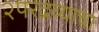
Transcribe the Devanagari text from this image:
२परद्रव्याचा